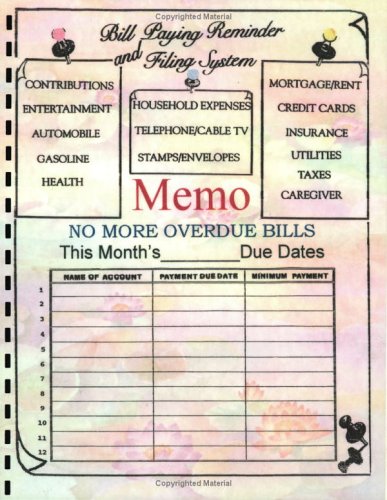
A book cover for Bill Paying Reminder and Filing System; Benjamin Jackson; Business & Money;